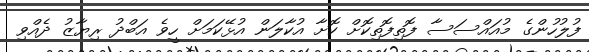
ފުލުހުންގެ މުއައްސަސާ ފޮތިފޮތިކޮށް ކޮށާ އުކާލަން އުޅޭކަމަށް ހީވެ އަބްދު ރިޔާޒު ދެއްވި